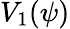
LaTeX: V_{1}(\psi)